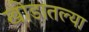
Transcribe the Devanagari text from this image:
खोडातल्या